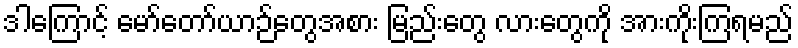
ဒါကြောင့် မော်တော်ယာဉ်တွေအစား မြည်းတွေ လားတွေကို အားကိုးကြရမည်